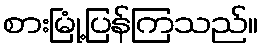
စားမြုံ့ပြန်ကြသည်။